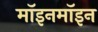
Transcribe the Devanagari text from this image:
मॉइनमॉइन